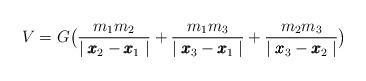
LaTeX: \begin{align*} V=G\big(\frac{m_{1}m_{2}}{\mid\pmb{x}_{2}-\pmb{x}_{1}\mid}+\frac{m_{1}m_{3}}{\mid\pmb{x}_{3}-\pmb{x}_{1}\mid}+\frac{m_{2}m_{3}}{\mid\pmb{x}_{3}-\pmb{x}_{2}\mid}\big)\end{align*}